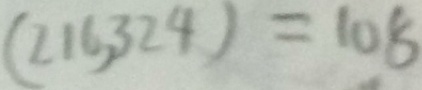
( 2 1 6 , 3 2 4 ) = 1 0 8